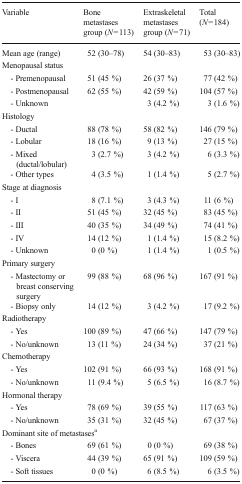
| Variable | Bone metastases group (N = 113) | Extraskeletal metastases group (N = 71) | Total (N = 184) |
 | --- | --- | --- | --- |
 | Mean age (range) | 52 (30–78) | 54 (30–83) | 53 (30–83) |
 | <COLSPAN=4> Menopausal status |
 | - Premenopausal | 51 (45 %) | 26 (37 %) | 77 (42 %) |
 | - Postmenopausal | 62 (55 %) | 42 (59 %) | 104 (57 %) |
 | - Unknown |  | 3 (4.2 %) | 3 (1.6 %) |
 | <COLSPAN=4> Histology |
 | - Ductal | 88 (78 %) | 58 (82 %) | 146 (79 %) |
 | - Lobular | 18 (16 %) | 9 (13 %) | 27 (15 %) |
 | - Mixed (ductal/lobular) | 3 (2.7 %) | 3 (4.2 %) | 6 (3.3 %) |
 | - Other types | 4 (3.5 %) | 1 (1.4 %) | 5 (2.7 %) |
 | <COLSPAN=4> Stage at diagnosis |
 | - I | 8 (7.1 %) | 3 (4.3 %) | 11 (6 %) |
 | - II | 51 (45 %) | 32 (45 %) | 83 (45 %) |
 | - III | 40 (35 %) | 34 (49 %) | 74 (41 %) |
 | - IV | 14 (12 %) | 1 (1.4 %) | 15 (8.2 %) |
 | - Unknown | 0 (0 %) | 1 (1.4 %) | 1 (0.5 %) |
 | <COLSPAN=4> Primary surgery |
 | - Mastectomy or breast conserving surgery | 99 (88 %) | 68 (96 %) | 167 (91 %) |
 | - Biopsy only | 14 (12 %) | 3 (4.2 %) | 17 (9.2 %) |
 | <COLSPAN=4> Radiotherapy |
 | - Yes | 100 (89 %) | 47 (66 %) | 147 (79 %) |
 | - No/unknown | 13 (11 %) | 24 (34 %) | 37 (21 %) |
 | <COLSPAN=4> Chemotherapy |
 | - Yes | 102 (91 %) | 66 (93 %) | 168 (91 %) |
 | - No/unknown | 11 (9.4 %) | 5 (6.5 %) | 16 (8.7 %) |
 | <COLSPAN=4> Hormonal therapy |
 | - Yes | 78 (69 %) | 39 (55 %) | 117 (63 %) |
 | - No/unknown | 35 (31 %) | 32 (45 %) | 67 (37 %) |
 | <COLSPAN=4> Dominant site of metastasesa |
 | - Bones | 69 (61 %) | 0 (0 %) | 69 (38 %) |
 | - Viscera | 44 (39 %) | 65 (91 %) | 109 (59 %) |
 | - Soft tissues | 0 (0 %) | 6 (8.5 %) | 6 (3.5 %) |